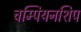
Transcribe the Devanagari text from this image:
चम्पियनशिप